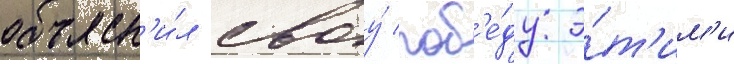
объясн'и́л своу́ поб'е́ду э́т'им'и